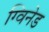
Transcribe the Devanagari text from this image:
ग्विनेड